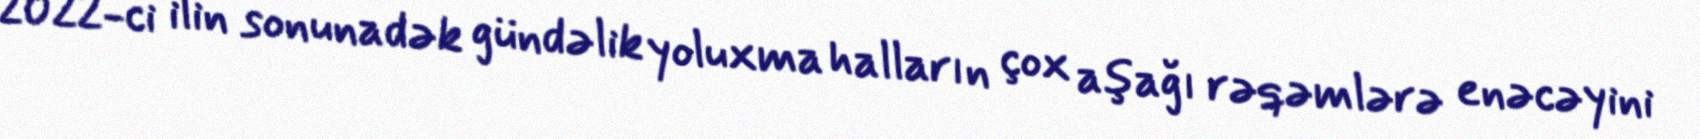
2022-ci ilin sonunadək gündəlik yoluxma halların çox aşağı rəqəmlərə enəcəyini